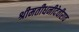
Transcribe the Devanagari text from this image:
श्रीमतीधनीदेवीराव